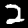
Digit: 2